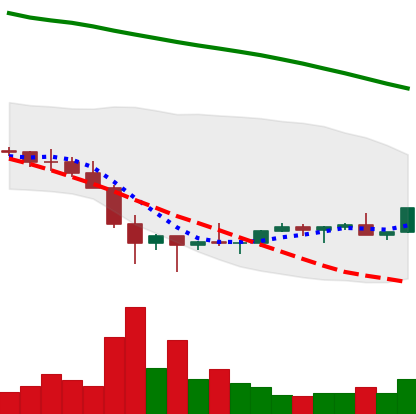
Ticker: EOS-USD
Chart end date: 2022-02-04
Forward return: 7.625%
Label: up_7plus